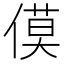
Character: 𪝡